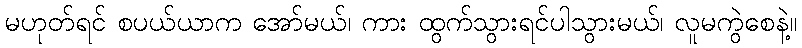
မဟုတ်ရင် စပယ်ယာက အော်မယ်၊ ကား ထွက်သွားရင်ပါသွားမယ်၊ လူမကွဲစေနဲ့။